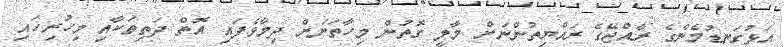
އަޅުގަނޑުމެންގެ ރާއްޖޭގެ ރައްޔިތުންނަށް މާލީ ގޮތުން މިހާތަނަށް ދިމާވެފައި އޮތް ދަތިތަކާއި މިހުރިހައި